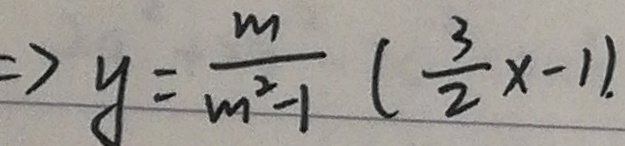
\Rightarrow y = \frac { m } { m ^ { 2 } - 1 } ( \frac { 3 } { 2 } x - 1 ) .